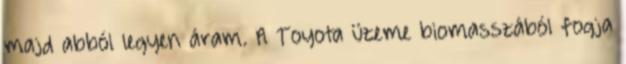
majd abból legyen áram. A Toyota üzeme biomasszából fogja